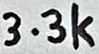
Text: 3.3k